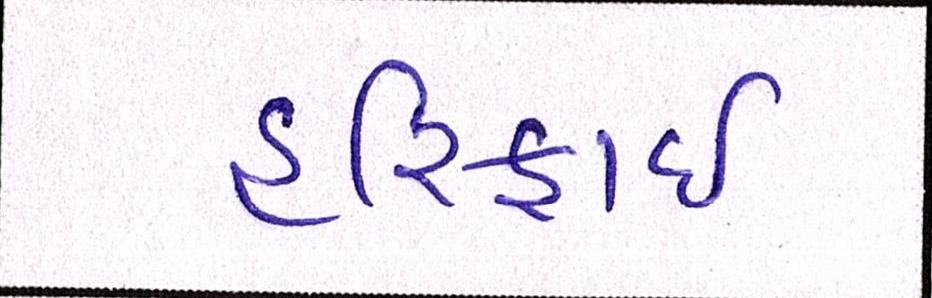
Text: હરિફાઇ